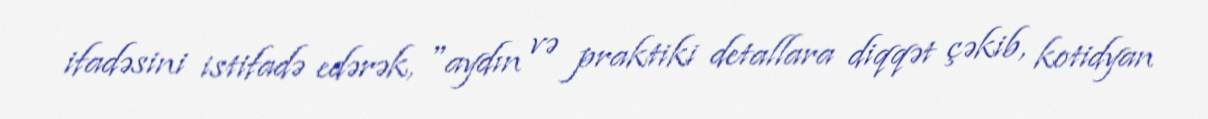
ifadəsini istifadə edərək, "aydın və praktiki detallara diqqət çəkib, kotidyan